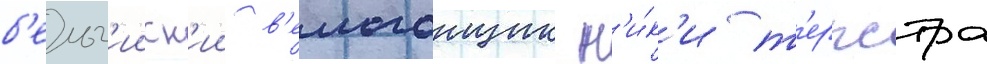
б'ельг'ииск'ии в'елогонщик н'и́к'и т'ерпстра